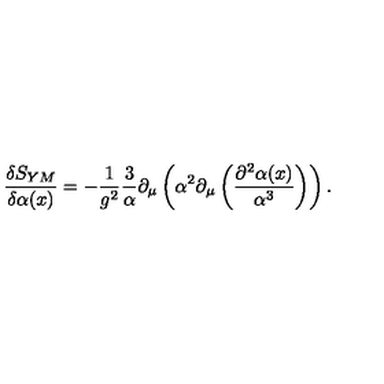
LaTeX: \frac { \delta S _ { Y M } } { \delta \alpha ( x ) } = - \frac { 1 } { g ^ { 2 } } \frac { 3 } { \alpha } \partial _ { \mu } \left( \alpha ^ { 2 } \partial _ { \mu } \left( \frac { \partial ^ { 2 } \alpha ( x ) } { \alpha ^ { 3 } } \right) \right) .